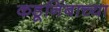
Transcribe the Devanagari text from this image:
कडूनिंबाच्या